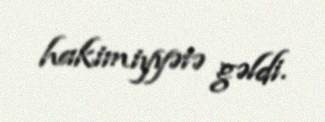
hakimiyyətə gəldi.